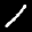
Label: 1